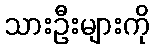
သားဦးများကို